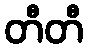
တီတီ